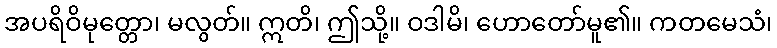
အပရိဝိမုတ္တော၊ မလွတ်။ ဣတိ၊ ဤသို့။ ဝဒါမိ၊ ဟောတော်မူ၏။ ကတမေသံ၊